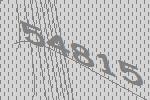
54815